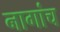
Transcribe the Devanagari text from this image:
नागांच